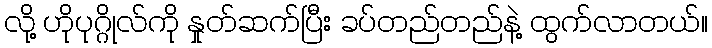
လို့ ဟိုပုဂ္ဂိုလ်ကို နှုတ်ဆက်ပြီး ခပ်တည်တည်နဲ့ ထွက်လာတယ်။